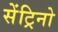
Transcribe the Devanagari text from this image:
सेंट्रिनो